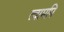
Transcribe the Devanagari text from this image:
त्वामपि